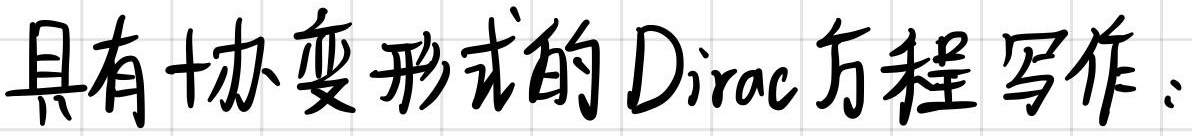
具有协变形式的 Dirac 方程写作：